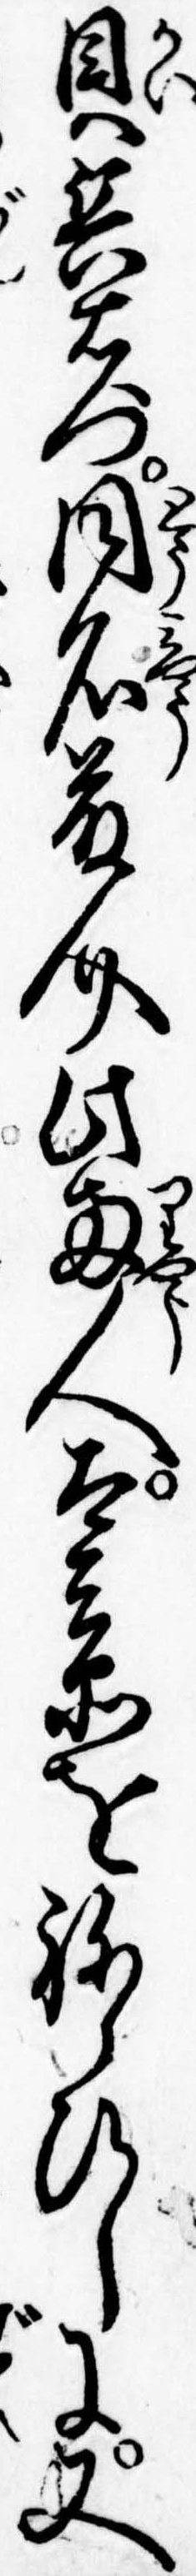
貝兵右門同名藤介此両人太兵衛をねらひしに又